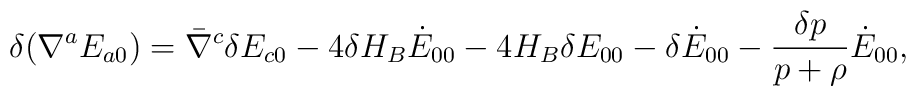
\delta (\nabla^a E_{a0})=\bar \nabla^c \delta E_{c0}-4\delta H_B \dot E_{00}-4H_B \delta E_{00}-\delta \dot E_{00}-\frac{\delta p}{p+\rho}\dot E_{00},